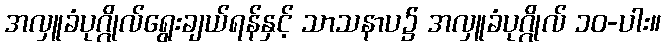
အလှူခံပုဂ္ဂိုလ်ရွေးချယ်ရန်နှင့် သာသနာပ၌ အလှူခံပုဂ္ဂိုလ် ၁၀-ပါး။